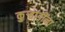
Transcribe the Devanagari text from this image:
कुऱ्हाडींना